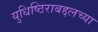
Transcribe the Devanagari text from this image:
युधिष्ठिराबद्दलच्या